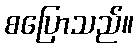
စပြောသည်။